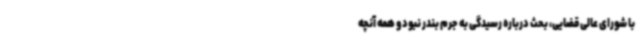
با شورای عالی قضایی، بحث درباره رسیدگی به جرم بندر نبود و همه آنچه